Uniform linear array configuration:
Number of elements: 16
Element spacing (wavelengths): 1
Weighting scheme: cosine
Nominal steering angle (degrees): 15
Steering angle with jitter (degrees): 13.274
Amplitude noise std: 0.05
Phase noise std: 0.05

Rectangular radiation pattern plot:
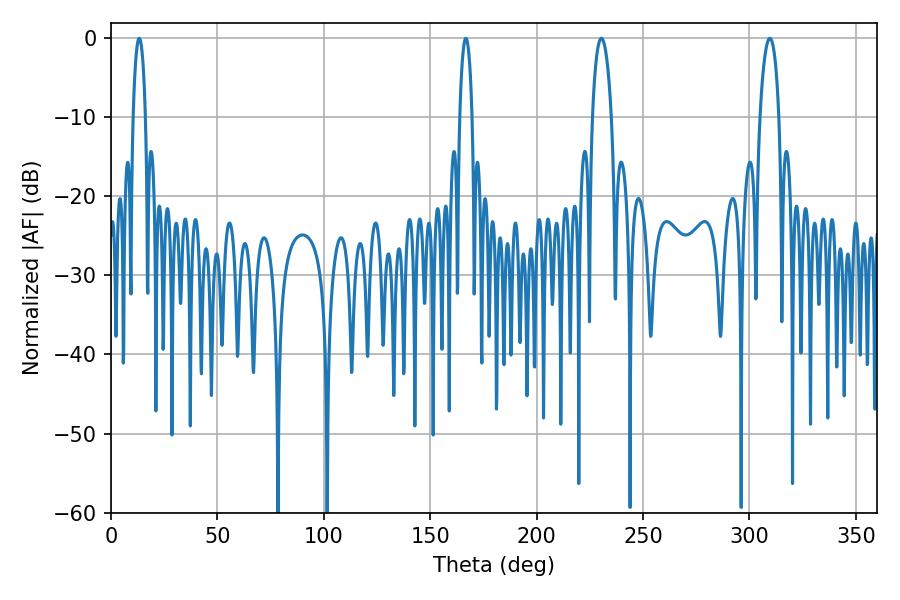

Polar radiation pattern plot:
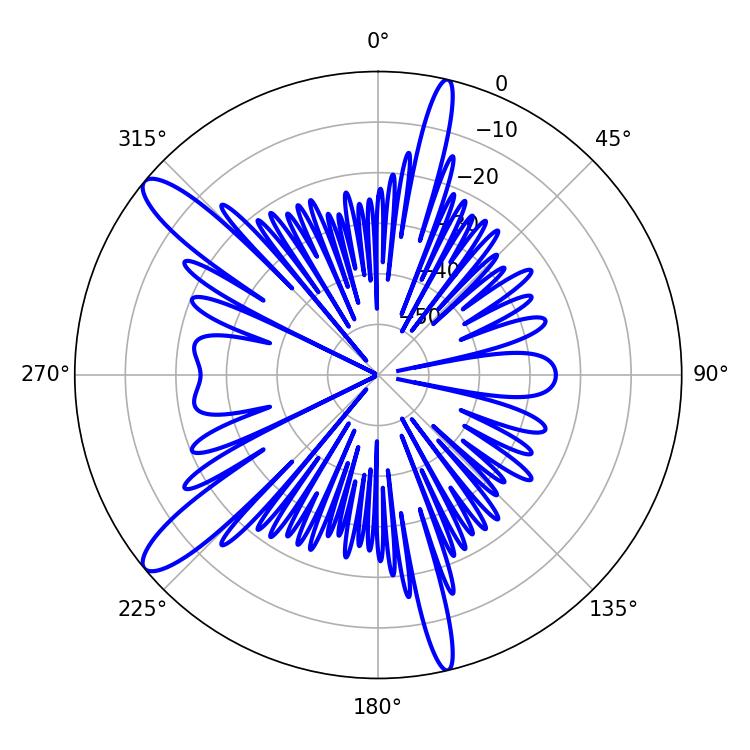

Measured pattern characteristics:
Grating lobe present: TRUE
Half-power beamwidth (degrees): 5.22
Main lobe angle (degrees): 230.4